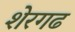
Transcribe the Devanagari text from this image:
शेरगढ